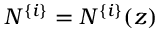
N ^ { \{ i \} } = N ^ { \{ i \} } ( z )